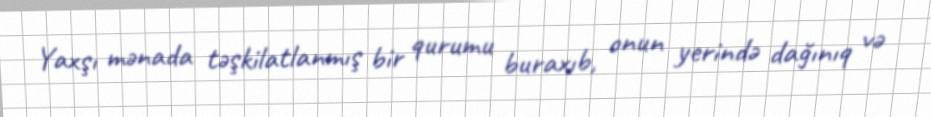
Yaxşı mənada təşkilatlanmış bir qurumu buraxıb, onun yerində dağınıq və